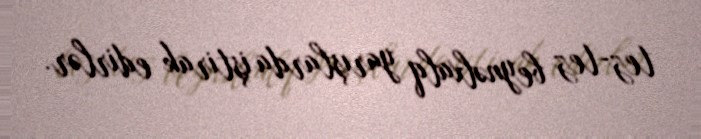
tez-tez beynəlxalq yarışlarda iştirak edirlər.